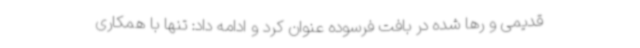
قدیمی و رها شده در بافت فرسوده عنوان کرد و ادامه داد: تنها با همکاری